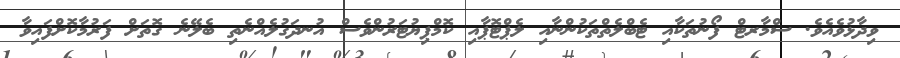
ވިދާޅުވެއެވެ. ސްމާރޓް ފޯނުތަކާއި ޓެބްލެތްތަކުންނާއި ލެޕްޓޮޕާއި ކޮމްޕިޔުޓަރުންވެސް އުނދަގުލެއްނެތި ބެލޭނެ ގޮތަށް ފަރުމާކޮށްފައިވާ